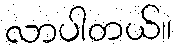
လာပါတယ်။